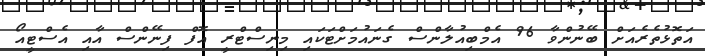
އަތޮޅުތެރެއަށް ބޭނުންވާ 96 އެމްބިއުލާންސް ގެނައުމަށްޓަކައި މިނިސްޓްރީ އޮފް ފިނޭންސް އާއި އެސްޓީއޯ